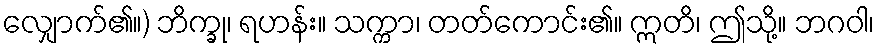
လျှောက်၏။) ဘိက္ခု၊ ရဟန်း။ သက္ကာ၊ တတ်ကောင်း၏။ ဣတိ၊ ဤသို့။ ဘဂဝါ၊